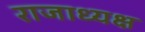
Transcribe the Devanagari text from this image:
राजाध्‍यक्ष